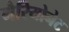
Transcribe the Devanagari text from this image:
मैरियोनेट